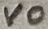
Text: VO